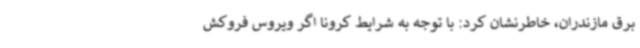
برق مازندران، خاطرنشان کرد: با توجه به شرایط کرونا اگر ویروس فروکش